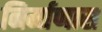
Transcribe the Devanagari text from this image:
निर्माणास